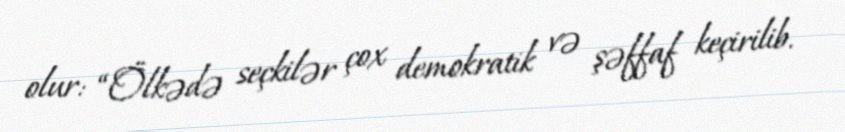
olur: “Ölkədə seçkilər çox demokratik və şəffaf keçirilib.